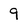
Character: 9